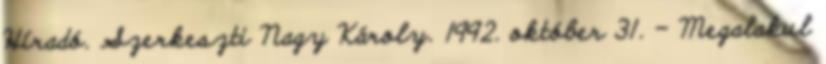
Híradó. Szerkeszti Nagy Károly. 1992. október 31. – Megalakul